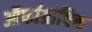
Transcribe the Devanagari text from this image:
ऑर्फाग्रापिक